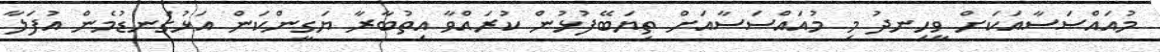
މުއައްސަސާއަކަށް ވީހިނދު މި މުއައްސަސާއަށް ތިޔަބޭފުޅުން ކުރައްވާ އިތުބާރާ ޔަގީންކަން އަޅުގަނޑުމެން އުފަލާ